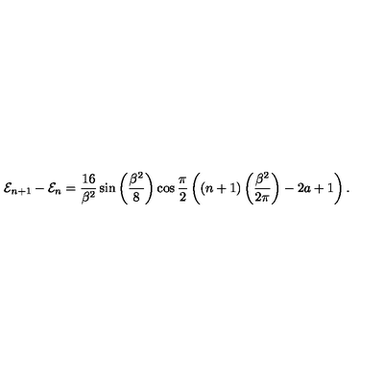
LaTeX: { \cal E } _ { n + 1 } - { \cal E } _ { n } = \frac { 1 6 } { \beta ^ { 2 } } \sin \left( \frac { \beta ^ { 2 } } { 8 } \right) \cos \frac { \pi } { 2 } \left( \left( n + 1 \right) \left( \frac { \beta ^ { 2 } } { 2 \pi } \right) - 2 a + 1 \right) .